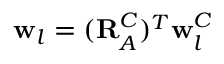
\mathbf { w } _ { l } = ( \mathbf { R } _ { A } ^ { C } ) ^ { T } \mathbf { w } _ { l } ^ { C }